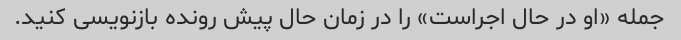
جمله «او در حال اجراست» را در زمان حال پیش رونده بازنویسی کنید.